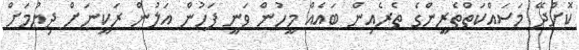
ކޮށްދޭ މަސައްކަތްތެރީންގެ ތެރެއިން ބައެއް މީހުން ވަނީ ފަހުން އަލުން ރަކީނަށް ދިޔުމަށް